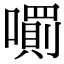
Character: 𡁪